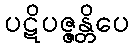
ပဋိပဇ္ဇန္တိပေ